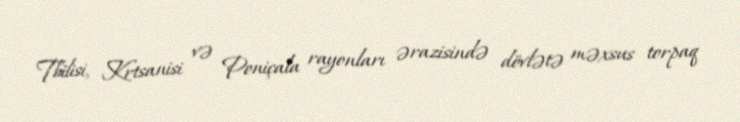
Tbilisi, Krtsanisi və Poniçala rayonları ərazisində dövlətə məxsus torpaq